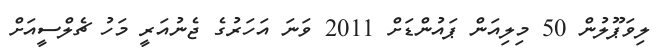
ލިވަޕޫލުން 50 މިލިއަން ޕައުންޑަށް 2011 ވަނަ އަހަރުގެ ޖެނުއަރީ މަހު ޗެލްސީއަށް